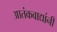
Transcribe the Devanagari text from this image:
आतंकवाद्यांनी